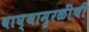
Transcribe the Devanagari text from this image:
वाघ्यामुरळींची